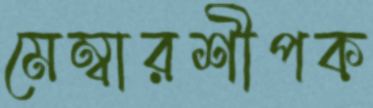
মেম্বারশীপক